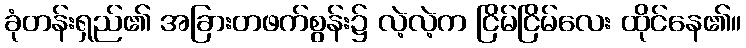
ခုံတန်းရှည်၏ အခြားတဖက်စွန်း၌ လဲ့လဲ့က ငြိမ်ငြိမ်လေး ထိုင်နေ၏။